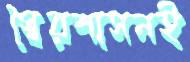
স্বৈরশাসনই